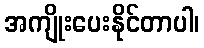
အကျိုးပေးနိုင်တာပါ၊